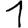
Digit: 1